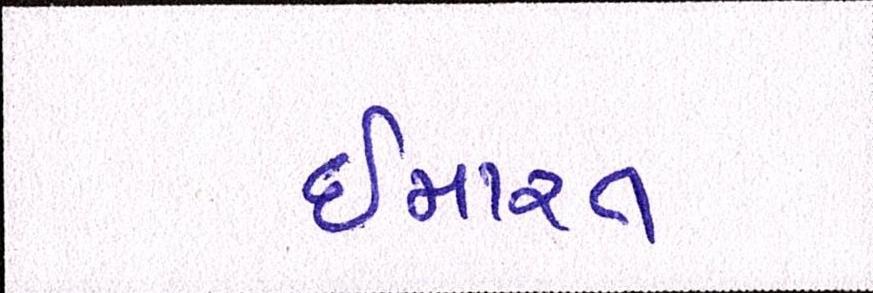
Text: ઈમારત